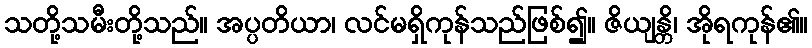
သတို့သမီးတို့သည်။ အပ္ပတိယာ၊ လင်မရှိကုန်သည်ဖြစ်၍။ ဇိယျန္တိ၊ အိုရကုန်၏။